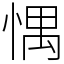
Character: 㥥